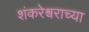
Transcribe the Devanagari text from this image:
शंकरेश्वराच्या